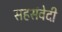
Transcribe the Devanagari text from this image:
सहसंवेदी